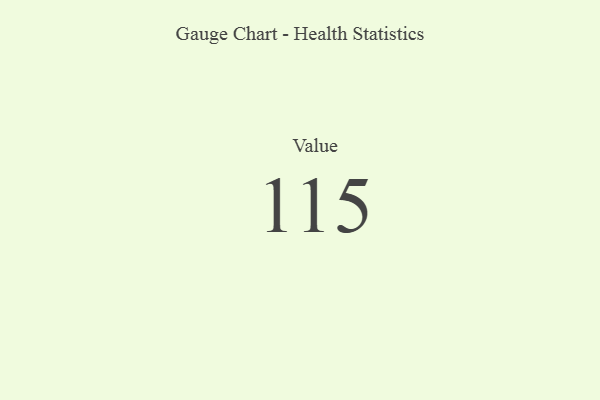
{"axis": {"x": "Metric", "y": "Value"}, "legend": [""], "data": [{"x": "Value", "y": 115, "type": ""}]}